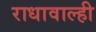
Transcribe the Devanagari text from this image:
राधावाल्ही